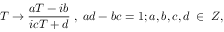
T \rightarrow \frac { a T - i b } { i c T + d } \; , \; a d - b c = 1 ; a , b , c , d \; \in \; Z ,